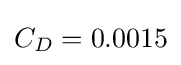
C_{D}=0.0015